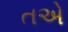
તએ